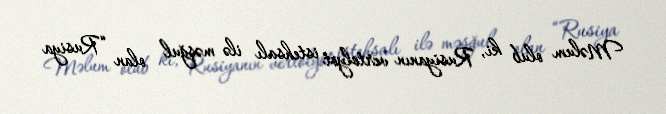
Məlum olub ki, Rusiyanın vertolyot istehsalı ilə məşğul olan “Rusiya